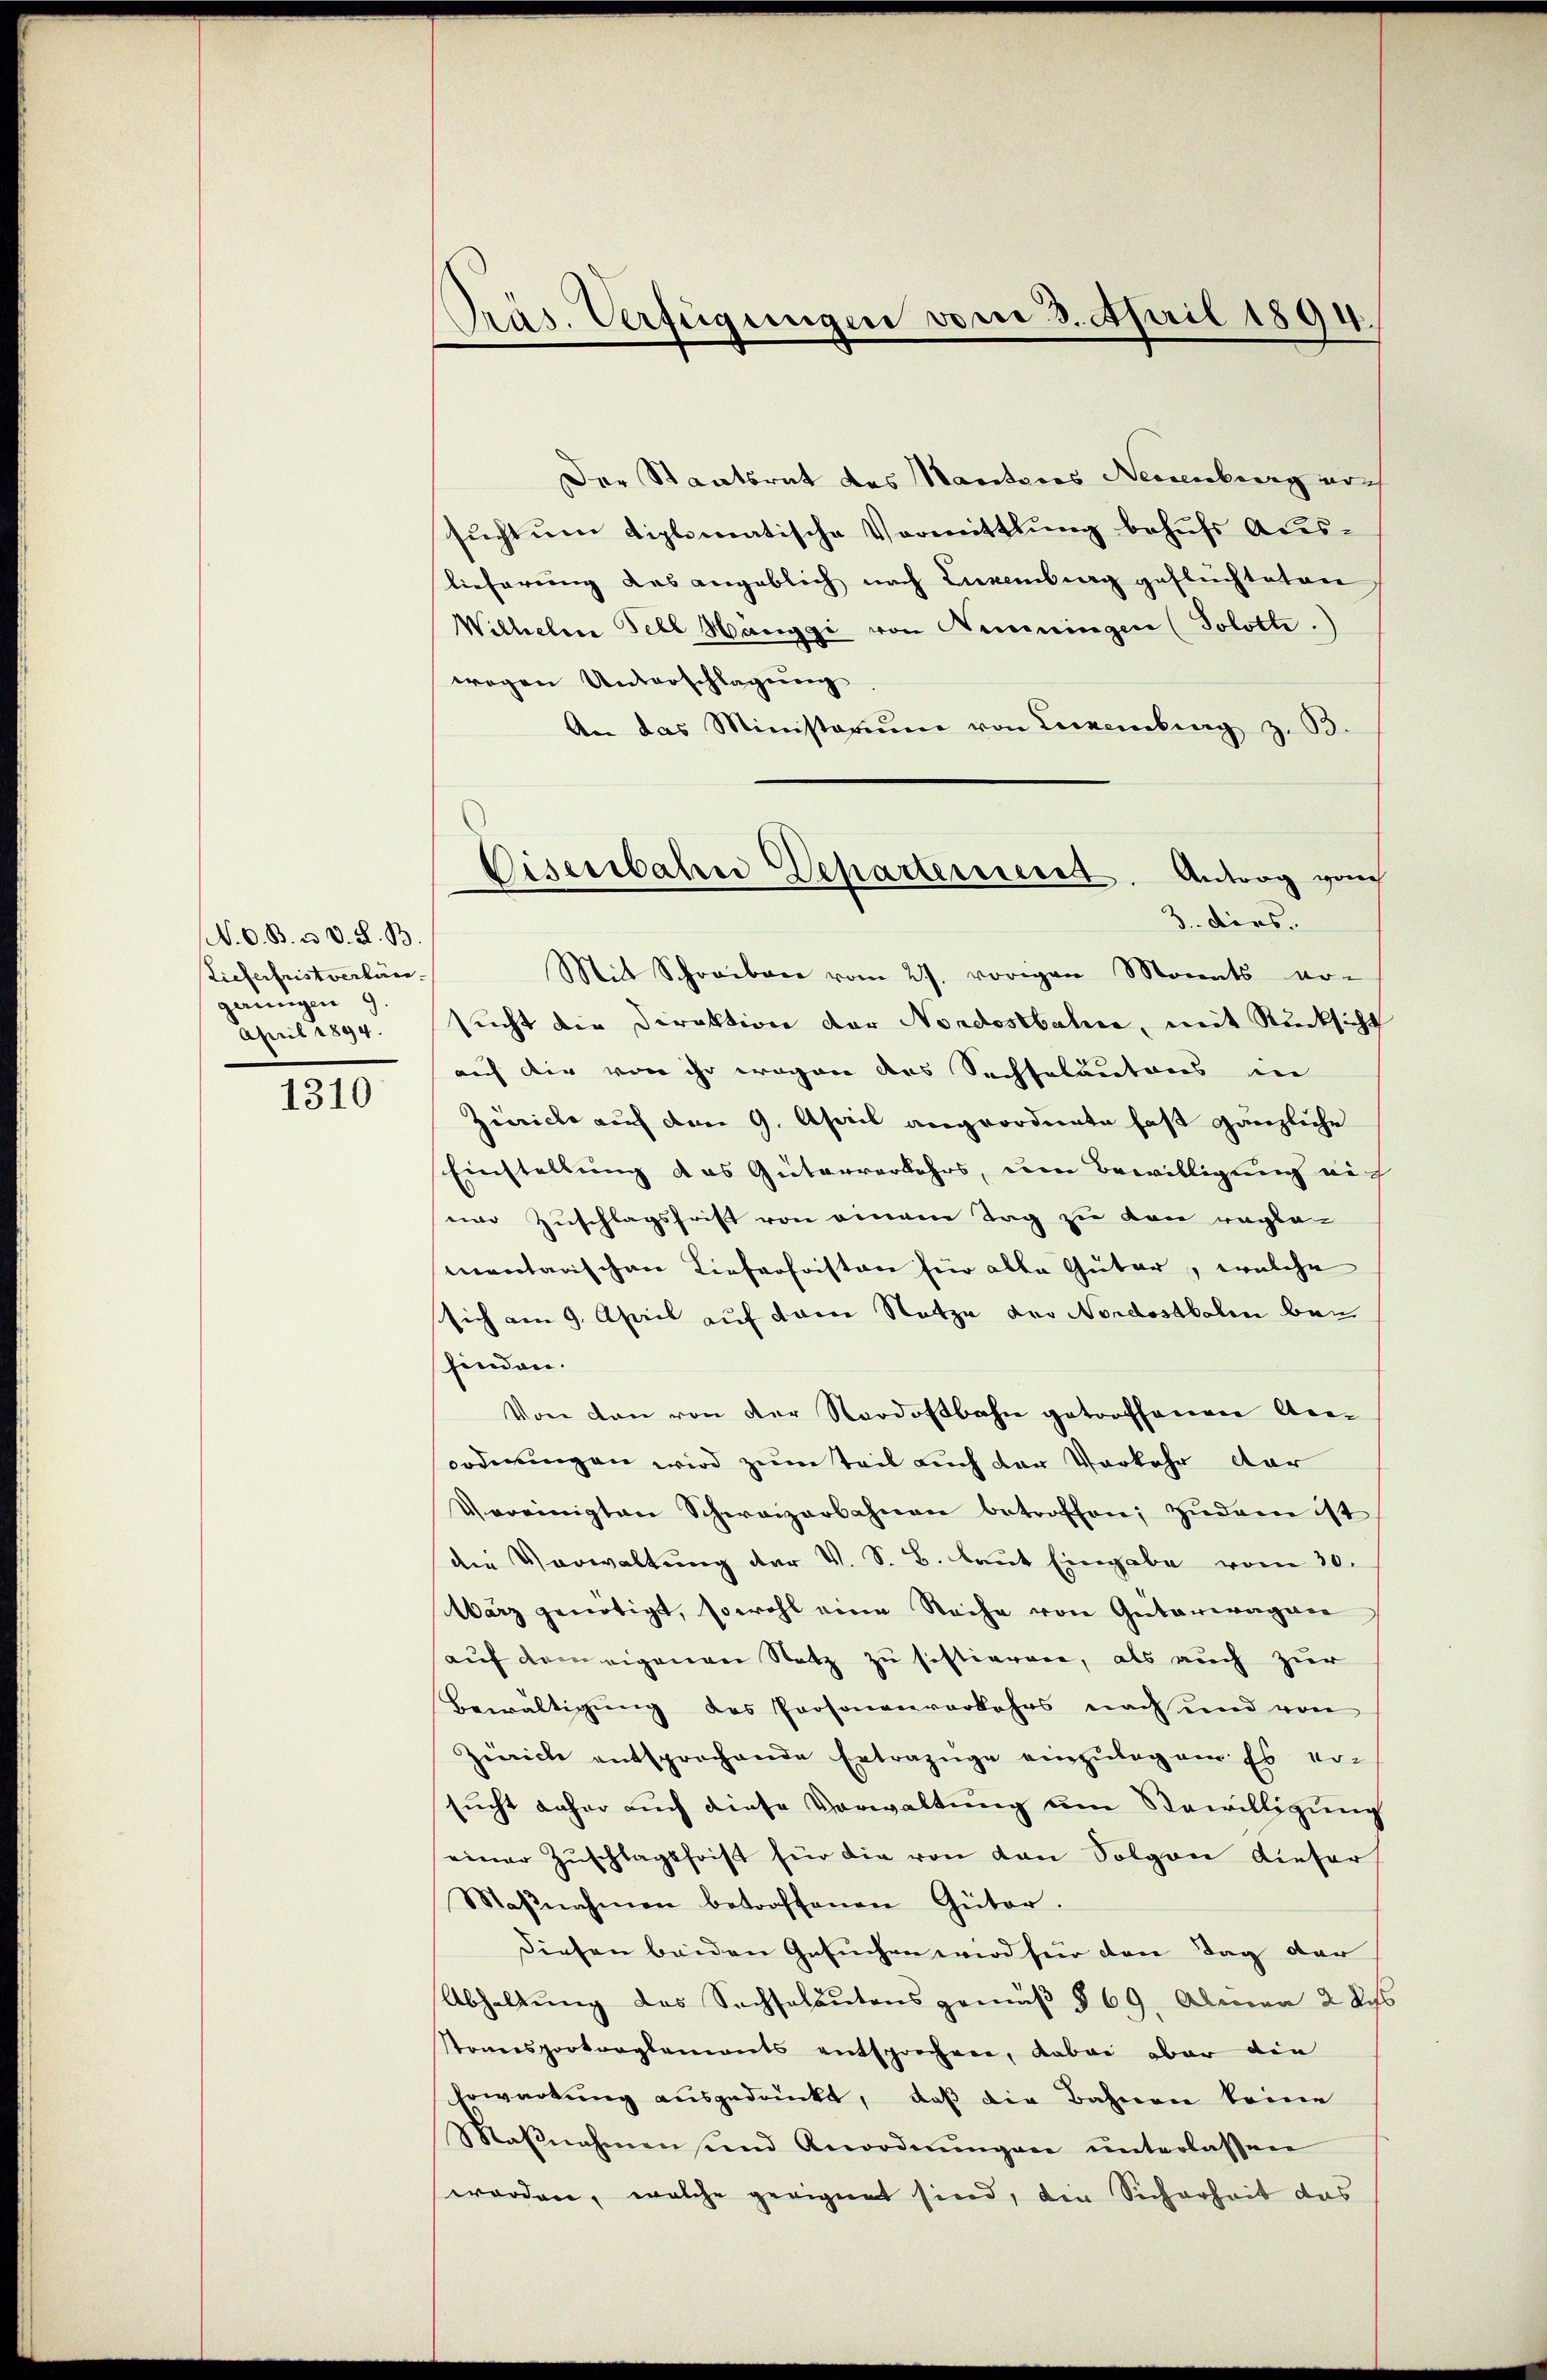
N. O. B. a. d. d. B
Lieferfristverlängerungen 9.
April 1894.

1310

Präs. Verfügungen vom 3. April 1894.

Der Staatsrat des Manteres Neuenburg noch
sŭcht um diplomatische Vormittlung behufs Aus-
Lieferung des angeblich nach Eugenburg gefluchteten
Wilhelm Fell Hanggi von Henningen (Soloth.)
wegen Unterschlagung
An das Ministerium von Luxenberg z. B.
Mit Schreiben vom 27. vorigen Monats er-
sucht die Direktion der Nordostbahne, mit Rücksicht
auch die von ihr wegen des Sechseluutons in
Zürich auf den 9. April angeordnete fast gänzliche
Einstellung das Güterverkehrs, um Bewilligung auf
eine Zuschlagsfrist von einem Tag zu von reglementarischen Liefchristen für alle Güter, welche
sich am 9. April auf derer Natze der Nordostbalen bei
finden.
Von den von der Nordostbahn getroffenen Anordnungen wird zum Teil auch der Vorkehr dar
Vereinigten Schweizerbahnen betroffen; zudren ist
die Verwaltung der V. S. B. laut Eingabe vom 30.
Wärz genötigt, sowohl eine Reihe von Güterwagen
auf dem eigenen Satz zu sistierene, als auch zur
Bewältigung des Personenverkehrs nach und von
Zürich entsprochende Ertrazüge einzulagen. Es er-
sucht daher auch diese Verwaltung am Bewilligung
einer Zŭschlagsfrist für die von den Solgen dieser
Maβnahmen betroffenen Güter.
diesen beiden Gesuchen wird für den Tag der
Abhaltung des Sachseläutens gemäß § 69. Almen 2 der
stonsportorglements entsprechen, dabei aber die
Erwartung ausgedrückt, daß die Bahnen keine
Maβnahmen und Anordnŭngen ŭnterlassen
worden, welche geeignet sind, den Sicherheit das

Eisenbahn Departerreist. Antrag gan
3. dies.